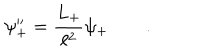
\psi _ { + } ^ { \prime \prime } = \frac { L _ { + } } { \ell ^ { 2 } } \psi _ { + } \qquad .